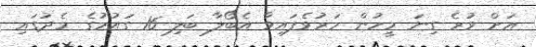
އަށް ވުރެ ގިނަ މީހުން މަރުވެފައިވާ އެބޯލާ ބަލި 16 ގައުމުގެ މެދުގައި